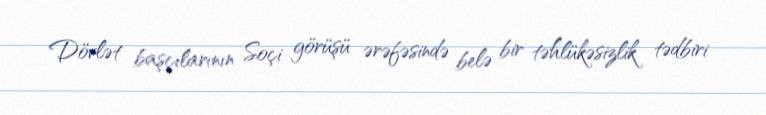
Dövlət başçılarının Soçi görüşü ərəfəsində belə bir təhlükəsizlik tədbiri